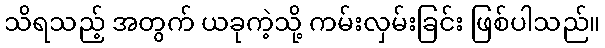
သိရသည့် အတွက် ယခုကဲ့သို့ ကမ်းလှမ်းခြင်း ဖြစ်ပါသည်။